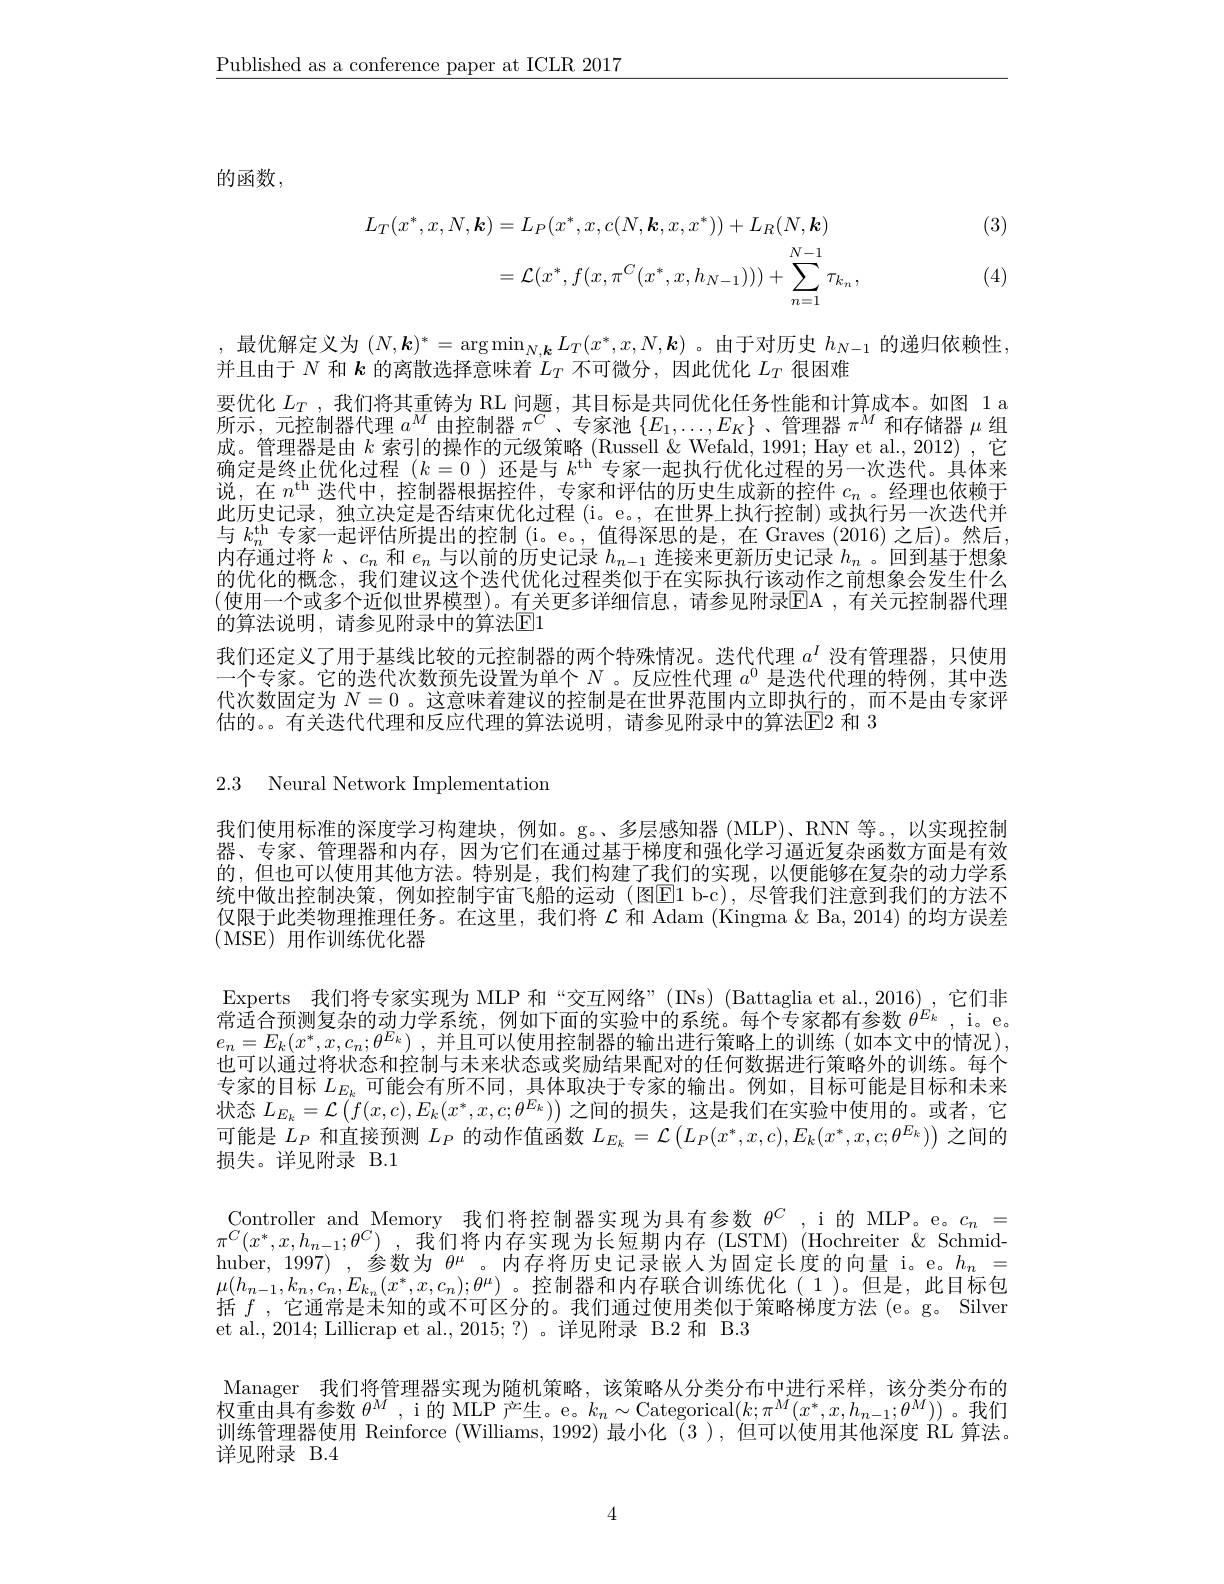
$\underline{\text{Published as a conference paper at ICLR 2017}}$

的函数，

(3)
$$\begin{aligned}L_{T}(x^{*},x,N,\boldsymbol{k})&=L_{P}(x^{*},x,c(N,k,x,x^{*}))+L_{R}(N,k)\\&=\mathcal{L}(x^{*},f(x,\pi^{C}(x^{*},x,h_{N-1})))+\sum_{n=1}^{N-1}\tau_{k_{n}},\end{aligned}$$
(4)

,最优解定义为$(N,\boldsymbol{k})^*=\arg\min_{N,\boldsymbol{k}}L_T(x^*,x,N,\boldsymbol{k})$ 。由于对历史$h_N-1$的递归依赖性，
并且由于$N$和$k$的离散选择意味着$L_T$不可微分，因此优化$L_T$很困难
要优化$L_T$ ,我们将其重铸为 RL 问题，其目标是共同优化任务性能和计算成本。如图 1 a 所示，元控制器代理$a^M$由控制器$\pi^C$、专家池$\{E_1,\ldots,E_K\}$ 、管理器$\pi^M$和存储器$\mu$组成。管理器是由$k$索引的操作的元级策略 (Russell &Wefald, 1991; Hay et al., 2012) ,它确定是终止优化过程$(k=0$ )还是与$k^\mathrm{th}$专家一起执行优化过程的另一次迭代。具体来说，在$n^\mathrm{th}$迭代中，控制器根据控件，专家和评估的历史生成新的控件$c_n$。经理也依赖于此历史记录，独立决定是否结束优化过程 (i。e。, 在世界上执行控制) 或执行另一次迭代并与$k_n^\mathrm{th}$专家一起评估所提出的控制 (i。e。, 值得深思的是，在 Graves (2016) 之后)。然后， 内存通过将$k$ 、$c_n$和$e_n$与以前的历史记录$h_n-1$连接来更新历史记录$h_n$ 。回到基于想象的优化的概念，我们建议这个迭代优化过程类似于在实际执行该动作之前想象会发生什么(使用一个或多个近似世界模型)。有关更多详细信息，请参见附录$\mathbb{E}$A ,有关元控制器代理的算法说明，请参见附录中的算法$\overline{\mathrm{E}}1$
我们还定义了用于基线比较的元控制器的两个特殊情况。迭代代理$a^I$没有管理器，只使用一个专家。它的迭代次数预先设置为单个$N$ 。反应性代理$a^{0}$是迭代代理的特例，其中迭代次数固定为$N=0$ 。这意味着建议的控制是在世界范围内立即执行的，而不是由专家评估的。。有关迭代代理和反应代理的算法说明，请参见附录中的算法$\boxed{\mathrm{E}}$2 和 3

2.3 Neural Network Implementation

我们使用标准的深度学习构建块，例如。g。、多层感知器 (MLP)、RNN 等。,以实现控制器、专家、管理器和内存，因为它们在通过基于梯度和强化学习逼近复杂函数方面是有效的，但也可以使用其他方法。特别是，我们构建了我们的实现，以便能够在复杂的动力学系统中做出控制决策，例如控制宇宙飞船的运动(图E1 b-c),尽管我们注意到我们的方法不仅限于此类物理推理任务。在这里，我们将$\mathcal{L}$和 Adam (Kingma &Ba, 2014) 的均方误差(MSE)用作训练优化器
Experts 我们将专家实现为 MLP 和“交互网络”(INs)(Battaglia et al.,2016),它们非$\bar{\text{常适合预测复杂的动力学系统，例如下面的实验中的系统。每个专家都有参数 }\theta^{E_k}}$,i。e。$e_n= E_k( x^* , x, c_n; \theta ^{E_k})$ ,并且可以使用控制器的输出进行策略上的训练(如本文中的情况), 也可以通过将状态和控制与未来状态或奖励结果配对的任何数据进行策略外的训练。每个专家的目标$L_{E_k}$可能会有所不同，具体取决于专家的输出。例如，目标可能是目标和未来状态$L_E_k=\mathcal{L}\left(\widetilde{f}(x,c),E_k(x^*,x,c;\theta^{E_k})\right)$之间的损失，这是我们在实验中使用的。或者，它可能是$L_P$和直接预测$L_P$的动作值函数$L_E_k=\mathcal{L}\left(L_P(x^*,x,c),E_k(x^*,x,c;\theta^{E_k})\right)$之间的损失。详见附录 B.1
$\pi ^{C}( x^{* }, x, h_{n- 1}; \theta ^{C})$ , 我们将内存实现为长短期内存(LSTM)(Hochreiter~& Schmidhuber, 1997) ,参数为$\theta^\mu$ 。内存将历史记录嵌人为固定长度的向量 i。e。$h_n=$ $\mu(h_{n-1},k_{n},c_{n},E_{k_{n}}(x^{*},x,c_{n});\theta^{\mu})$。控制器和内存联合训练优化(1)。但是，此目标包括$f$ ,它通常是未知的或不可区分的。我们通过使用类似于策略梯度方法 (e。g。Silver et al., 2014; Lillicrap et al., 2015;?)。详见附录 B.2 和 B.3
Manager 我们将管理器实现为随机策略，该策略从分类分布中进行采样，该分类分布的$\bar{\text{权重由具有参数 }\theta^M}$,i的 MLP产生。e。$k_n\sim$Categorical$(k;\pi^M(x^*,x,h_{n-1};\theta^M))$。我们训练管理器使用 Reinforce (Williams, 1992) 最小化 (3 ),但可以使用其他深度R$L$算法。

详见附录 B.4

4